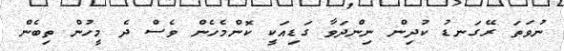
ނުވަތަ ރޭގަނޑު ކުދިން ނިންދަވާ ގަޑިއަކީ ކޮންމެހެން ވެސް ދެ މީހުން ތިބެން